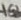
Text: 10